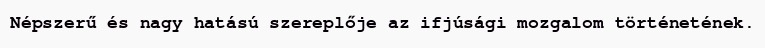
Népszerű és nagy hatású szereplője az ifjúsági mozgalom történetének.